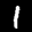
Label: 1